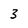
Character: 3